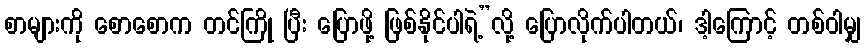
စာများကို စောစောက တင်ကြို ပြီး ပြောဖို့ ဖြစ်နိုင်ပါရဲ့”လို့ ပြောလိုက်ပါတယ်၊ ဒါ့ကြောင့် တစ်ဝါမျှ